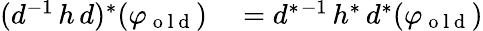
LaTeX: \begin{array}{rl}{(d^{-1}\, h\, d)^{*}(\varphi_{\mathrm{~o~l~d~}})}&{{}=d^{*}{}^{-1}\, h^{*}\, d^{*}(\varphi_{\mathrm{~o~l~d~}})}\end{array}